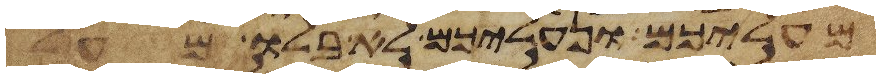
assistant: מעליכם ונעליכם לא בלו מעל